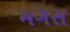
મગસ